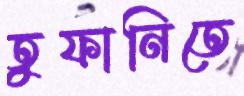
তুফানিতে